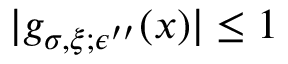
| g _ { \sigma , \xi ; \epsilon ^ { \prime \prime } } ( x ) | \le 1